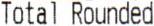
TOTAL ROUNDED